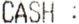
CASH :